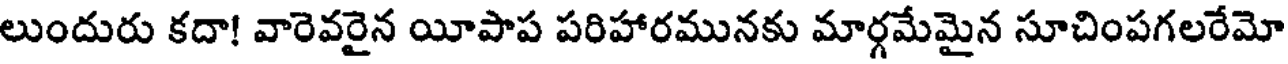
లుందురు కదా! వారెవరైన యీపాప పరిహారమునకు మార్గమేమైన సూచింపగలరేమో